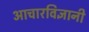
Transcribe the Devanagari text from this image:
आचारविज्ञानी